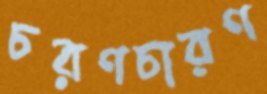
চরণচারণ